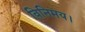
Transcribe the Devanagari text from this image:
विनिमय।